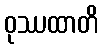
ဝုဿထာတိ